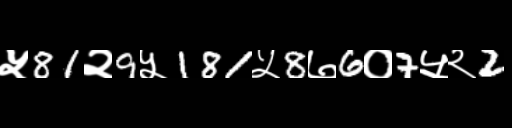
Text: ५81२9५181५8७6०7५२2